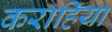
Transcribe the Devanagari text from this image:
कराहिया